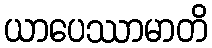
ယာပေဿာမာတိ